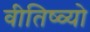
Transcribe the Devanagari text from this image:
वीतिष्व्यो